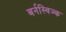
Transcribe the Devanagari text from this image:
बर्नस्विज्क